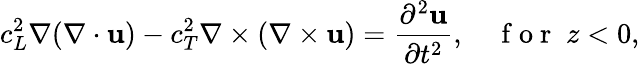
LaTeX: c_{L}^{2}\nabla(\nabla\cdot\mathbf{u})-c_{T}^{2}\nabla\times(\nabla\times\mathbf{u})=\frac{\partial^{2}\mathbf{u}}{\partial t^{2}},\quad\mathrm{~f~o~r~}\; z<0,